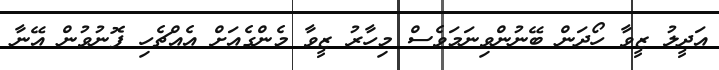
އަދީލު ޒީވާ ހޯދަން ބޭނުންވިނަމަވެސް މިހާރު ޒީވާ މެންގެއަށް އެއްޗެހި ފޮނުވުން އޭނާ